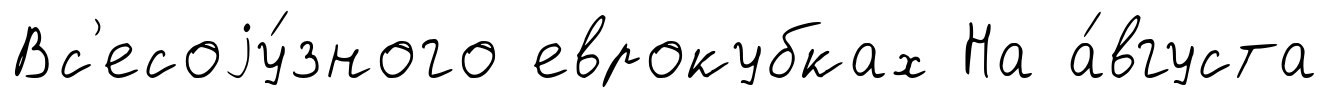
Вс'есоjу́зного еврокубках На а́вгуста